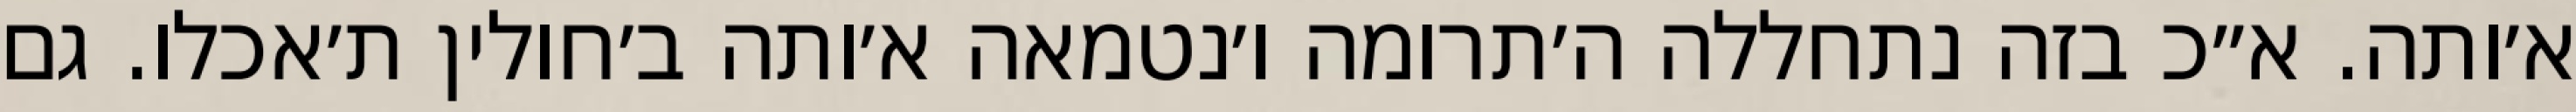
א׳ותה. א״כ בזה נתחללה ה׳תרומה ו׳נטמאה א׳ותה ב׳חולין ת׳אכלו. גם